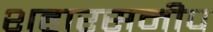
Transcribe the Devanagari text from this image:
शहारसमीप